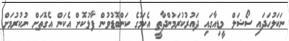
ނަކަލުހަދައި ސޯޝަލް މީޑިއާގައި ދައުރުކުރަމުންދާތީ އެކަމުގެ ކަންބޮޑުވުން ފާޅުކޮށް އެކަން އެގޮތަށް ނުކުރުމަށް